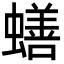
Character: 蟮